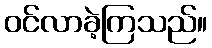
ဝင်လာခဲ့ကြသည်။